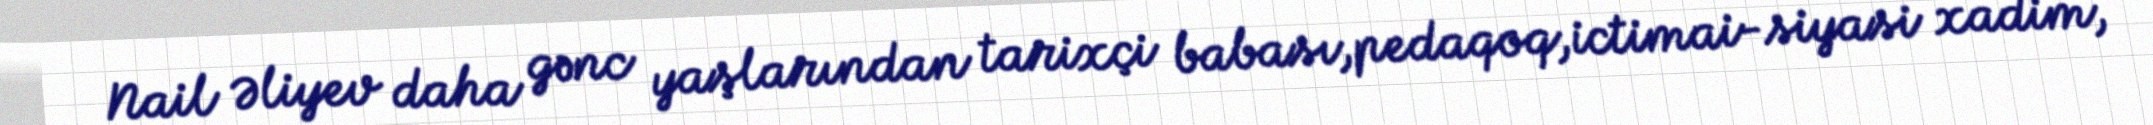
Nail Əliyev daha gənc yaşlarından tarixçi babası,pedaqoq,ictimai-siyasi xadim,